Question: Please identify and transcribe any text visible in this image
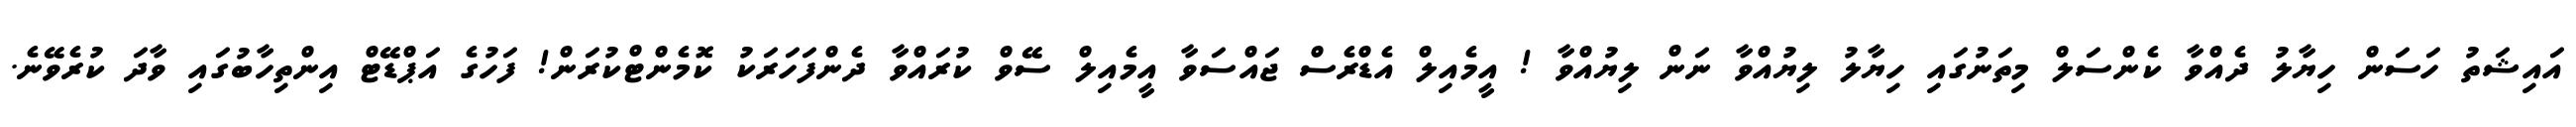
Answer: އައިޝަތު ހަސަން ހިޔާލު ދެއްވާ ކެންސަލް މިތަނުގައި ހިޔާލު ލިޔުއްވާ ނަން ލިޔުއްވާ ! އީމެއިލް އެޑްރެސް ޖައްސަވާ އީމެއިލް ސޭވް ކުރައްވާ ދެންފަހަރަކު ކޮމެންޓްކުރަން! ފަހުގެ އަޕްޑޭޓް އިންތިހާބުގައި ވާދަ ކުރެވޭނެ.